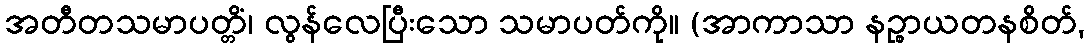
အတီတသမာပတ္တိံ၊ လွန်လေပြီးသော သမာပတ်ကို။ (အာကာသာ နဉ္စာယတနစိတ်,